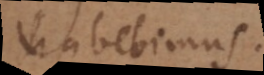
habebimus.